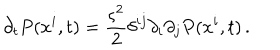
\partial _ { t } P ( x ^ { i } , t ) = \frac { \varsigma ^ { 2 } } { 2 } \delta ^ { i j } \partial _ { i } \partial _ { j } P ( x ^ { i } , t ) \, .